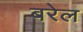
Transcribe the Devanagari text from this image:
बरेल